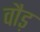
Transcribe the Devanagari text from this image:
वौड़